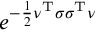
e ^ { - { \frac { 1 } { 2 } } { \boldsymbol { \nu } } ^ { \mathrm { T } } { \boldsymbol { \sigma } } { \boldsymbol { \sigma } } ^ { \mathrm { T } } { \boldsymbol { \nu } } }